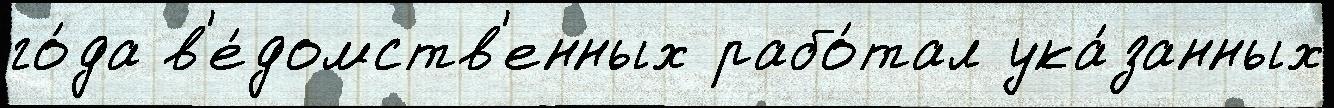
го́да в'е́домств'енных рабо́тал ука́занных